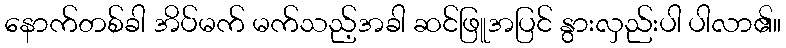
နောက်တစ်ခါ အိပ်မက် မက်သည့်အခါ ဆင်ဖြူအပြင် နွားလှည်းပါ ပါလာ၏။